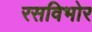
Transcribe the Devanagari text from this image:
रसविभोर